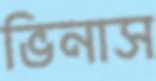
ভিনাস